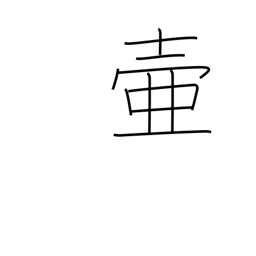
Meaning: jar